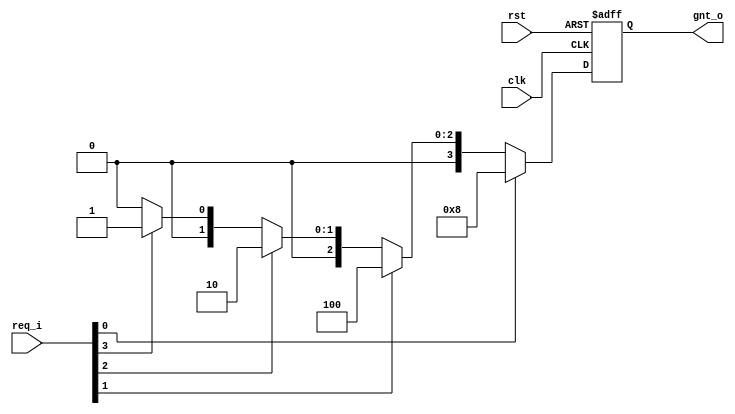
//req_i[0] has the highest priorty

module day14(

        input            clk,rst,
        input [3:0]      req_i,
        output reg [3:0] gnt_o
);

  always @ (posedge clk or posedge rst)
	begin		
          if(rst)
				gnt_o <= 4'b0000;
          else if(req_i[0])
				gnt_o <= 4'b1000;
          else if(req_i[1])
				gnt_o <= 4'b0100;
          else if(req_i[2])
				gnt_o <= 4'b0010;
          else if(req_i[3])
				gnt_o <= 4'b0001;
          else
				gnt_o <= 4'b0000;
	end
endmodule